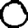
Digit: 0